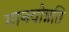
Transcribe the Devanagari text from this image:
मानवोन्नति